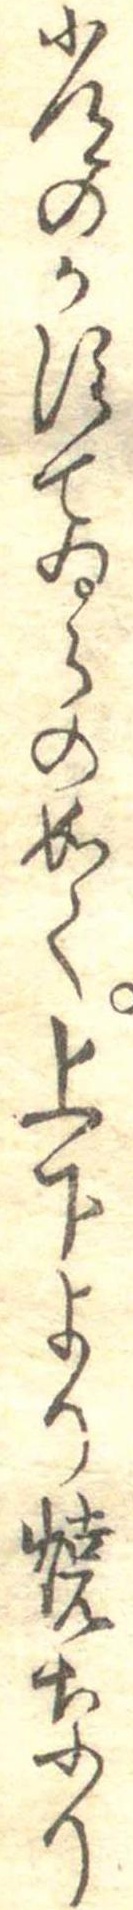
常のかすてゐらの如く上下より焼なり